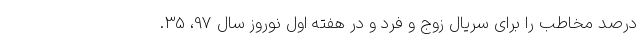
درصد مخاطب را برای سریال زوج و فرد و در هفته اول نوروز سال 97، 35.